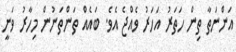
އަންނަތާ ތިން ހަތަރު އަހަރު ވެއްޖެ އެވެ. ބައެއް ތަންތަނުން މިހާރު ވަނީ